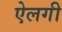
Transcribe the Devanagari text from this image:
ऐलगी